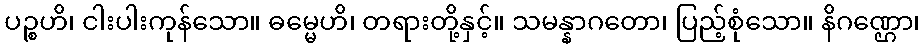
ပဉ္စဟိ၊ ငါးပါးကုန်သော။ ဓမ္မေဟိ၊ တရားတို့နှင့်။ သမန္နာဂတော၊ ပြည့်စုံသော။ နိဂဏ္ဌော၊